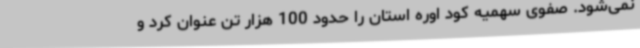
نمی‌شود. صفوی سهمیه کود اوره استان را حدود 100 هزار تن عنوان کرد و